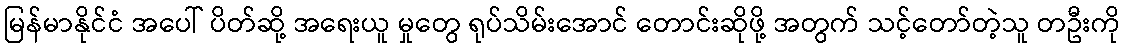
မြန်မာနိုင်ငံ အပေါ် ပိတ်ဆို့ အရေးယူ မှုတွေ ရုပ်သိမ်းအောင် တောင်းဆိုဖို့ အတွက် သင့်တော်တဲ့သူ တဦးကို